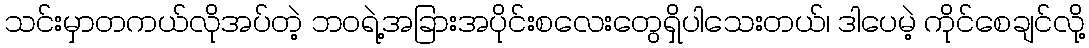
သင်းမှာတကယ်လိုအပ်တဲ့ ဘဝရဲ့အခြားအပိုင်းစလေးတွေရှိပါသေးတယ်၊ ဒါပေမဲ့ ကိုင်စေချင်လို့